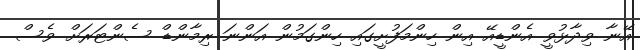
އޭނާ ވިދާޅުވީ އެންޑީއޭ އިން ހިންމަފުށީގައި ހިންގަމުން އަންނަ ރިމާންޑް ސެންޓަރަށް ވެސް